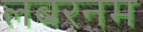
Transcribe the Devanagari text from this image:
लबरनम